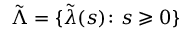
\tilde { \Lambda } = \{ \tilde { \lambda } ( s ) \colon s \geqslant 0 \}